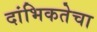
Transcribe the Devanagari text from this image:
दांभिकतेचा